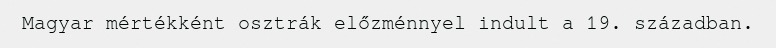
Magyar mértékként osztrák előzménnyel indult a 19. században.